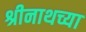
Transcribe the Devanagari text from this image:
श्रीनाथच्या